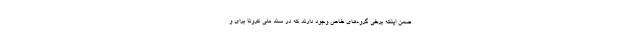
ضمن اینکه برخی گروه‌های خاص وجود دارند که در سند ملی کرونا برای و